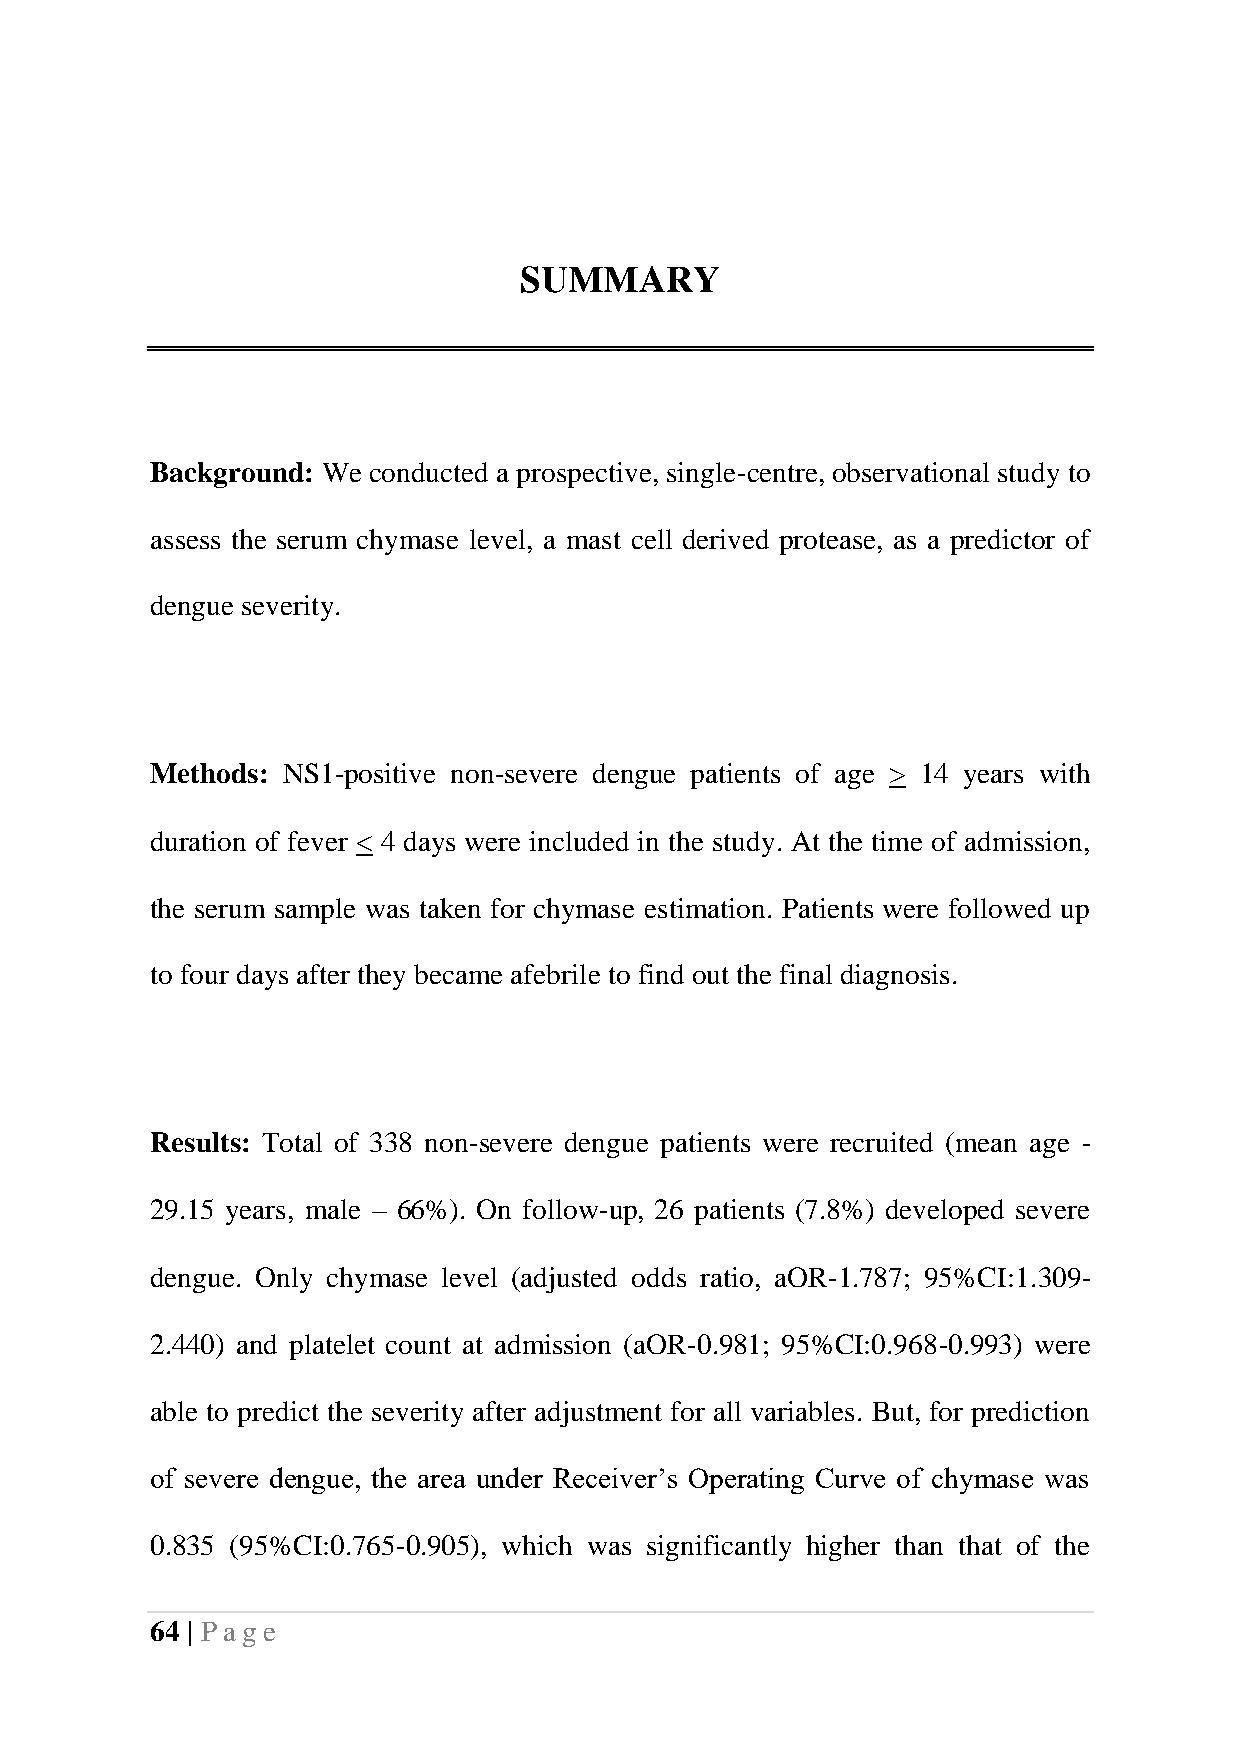
SUMMARY
 Background: We conducted a prospective, single-centre, observational study to
 assess the serum chymase level, a mast cell derived protease, as a predictor of
 dengue severity.
 Methods: NS1-positive non-severe dengue patients of age > 14 years with
 duration of fever < 4 days were included in the study. At the time of admission,
 the serum sample was taken for chymase estimation. Patients were followed up
 to four days after they became afebrile to find out the final diagnosis.
 Results: Total of 338 non-severe dengue patients were recruited (mean age -
 29.15 years, male – 66%). On follow-up, 26 patients (7.8%) developed severe
 dengue. Only chymase level (adjusted odds ratio, aOR-1.787; 95%CI:1.309-
 2.440) and platelet count at admission (aOR-0.981; 95%CI:0.968-0.993) were
 able to predict the severity after adjustment for all variables. But, for prediction
 of severe dengue, the area under Receiver’s Operating Curve of chymase was
 0.835 (95%CI:0.765-0.905), which was significantly higher than that of the
 64 | Pag e